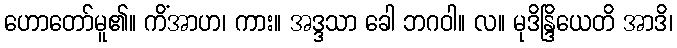
ဟောတော်မူ၏။ ကိံအာဟ၊ ကား။ အဒ္ဒသာ ခေါ ဘဂဝါ။ လ။ မုဒိန္ဒြိယေတိ အာဒိ၊